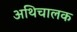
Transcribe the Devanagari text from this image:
अथिचालक